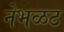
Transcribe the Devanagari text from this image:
नेभळट